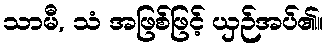
သာမီ, သံ အဖြစ်ဖြင့် ယှဉ်အပ်၏။